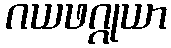
ဂယဖဂ္ဂုယာ